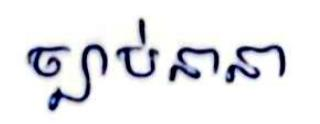
ច្បាប់នានា